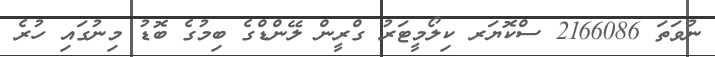
ނުވަތަ 2166086 ސްކޮޔަރ ކިލޯމީޓަރު ގްރީން ލޭންޑްގެ ބިމުގެ ބޮޑު މިނުގައި ހުރެ